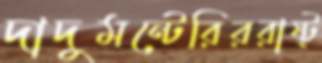
দাদুমন্টেরিররাষ্ট্